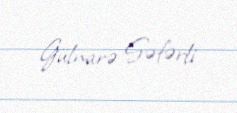
Gülnarə Səfərli